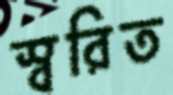
স্বরিত